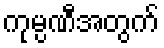
ကုမ္ပဏီအတွက်